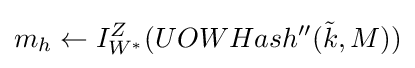
m_{h}\leftarrow I_{W^{\ast }}^{Z}(UOWHash^{\prime \prime }({\tilde {k}},M))